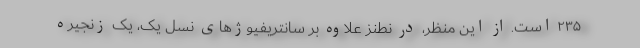
۲۳۵ است. از این منظر، در نطنز علاوه بر سانتریفیوژهای نسل یک، یک زنجیره